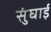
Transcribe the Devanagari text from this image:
सुंघाई